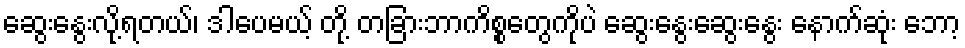
ဆွေးနွေးလို့ရတယ်၊ ဒါပေမယ့် တို့ တခြားဘာကိစ္စတွေကိုပဲ ဆွေးနွေးဆွေးနွေး နောက်ဆုံး ဘော့